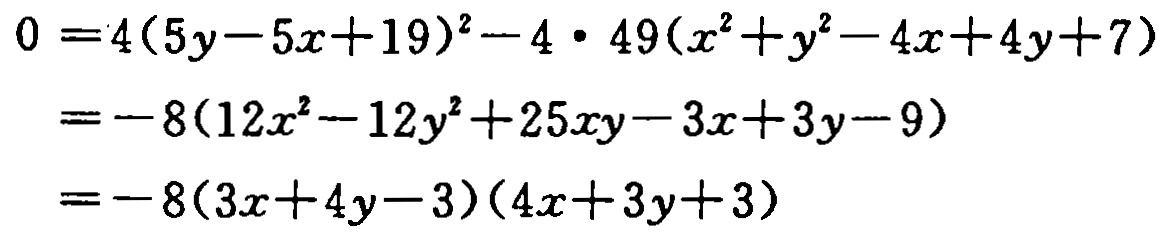
\[

\begin{align*}

0&=4(5y - 5x + 19)^2-4\cdot49(x^2 + y^2-4x + 4y + 7)\\

&=-8(12x^2-12y^2 + 25xy-3x + 3y-9)\\

&=-8(3x + 4y-3)(4x + 3y + 3)

\end{align*}

\]